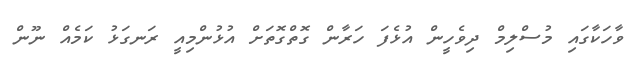
ވާހަކާގައި މުސްލިމް ދިވެހީން އުޅެފަ ހަރާން ގޮތްގޮތަށް އުޅުންމިއީ ރަނގަޅު ކަމެއް ނޫން